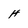
Character: H